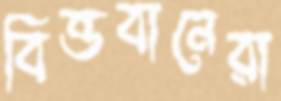
বিত্তবানেরা